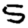
Digit: 5